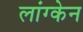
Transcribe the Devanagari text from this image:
लांग्केन